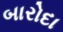
બારોદા